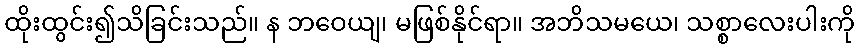
ထိုးထွင်း၍သိခြင်းသည်။ န ဘဝေယျ၊ မဖြစ်နိုင်ရာ။ အဘိသမယေ၊ သစ္စာလေးပါးကို